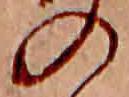
の